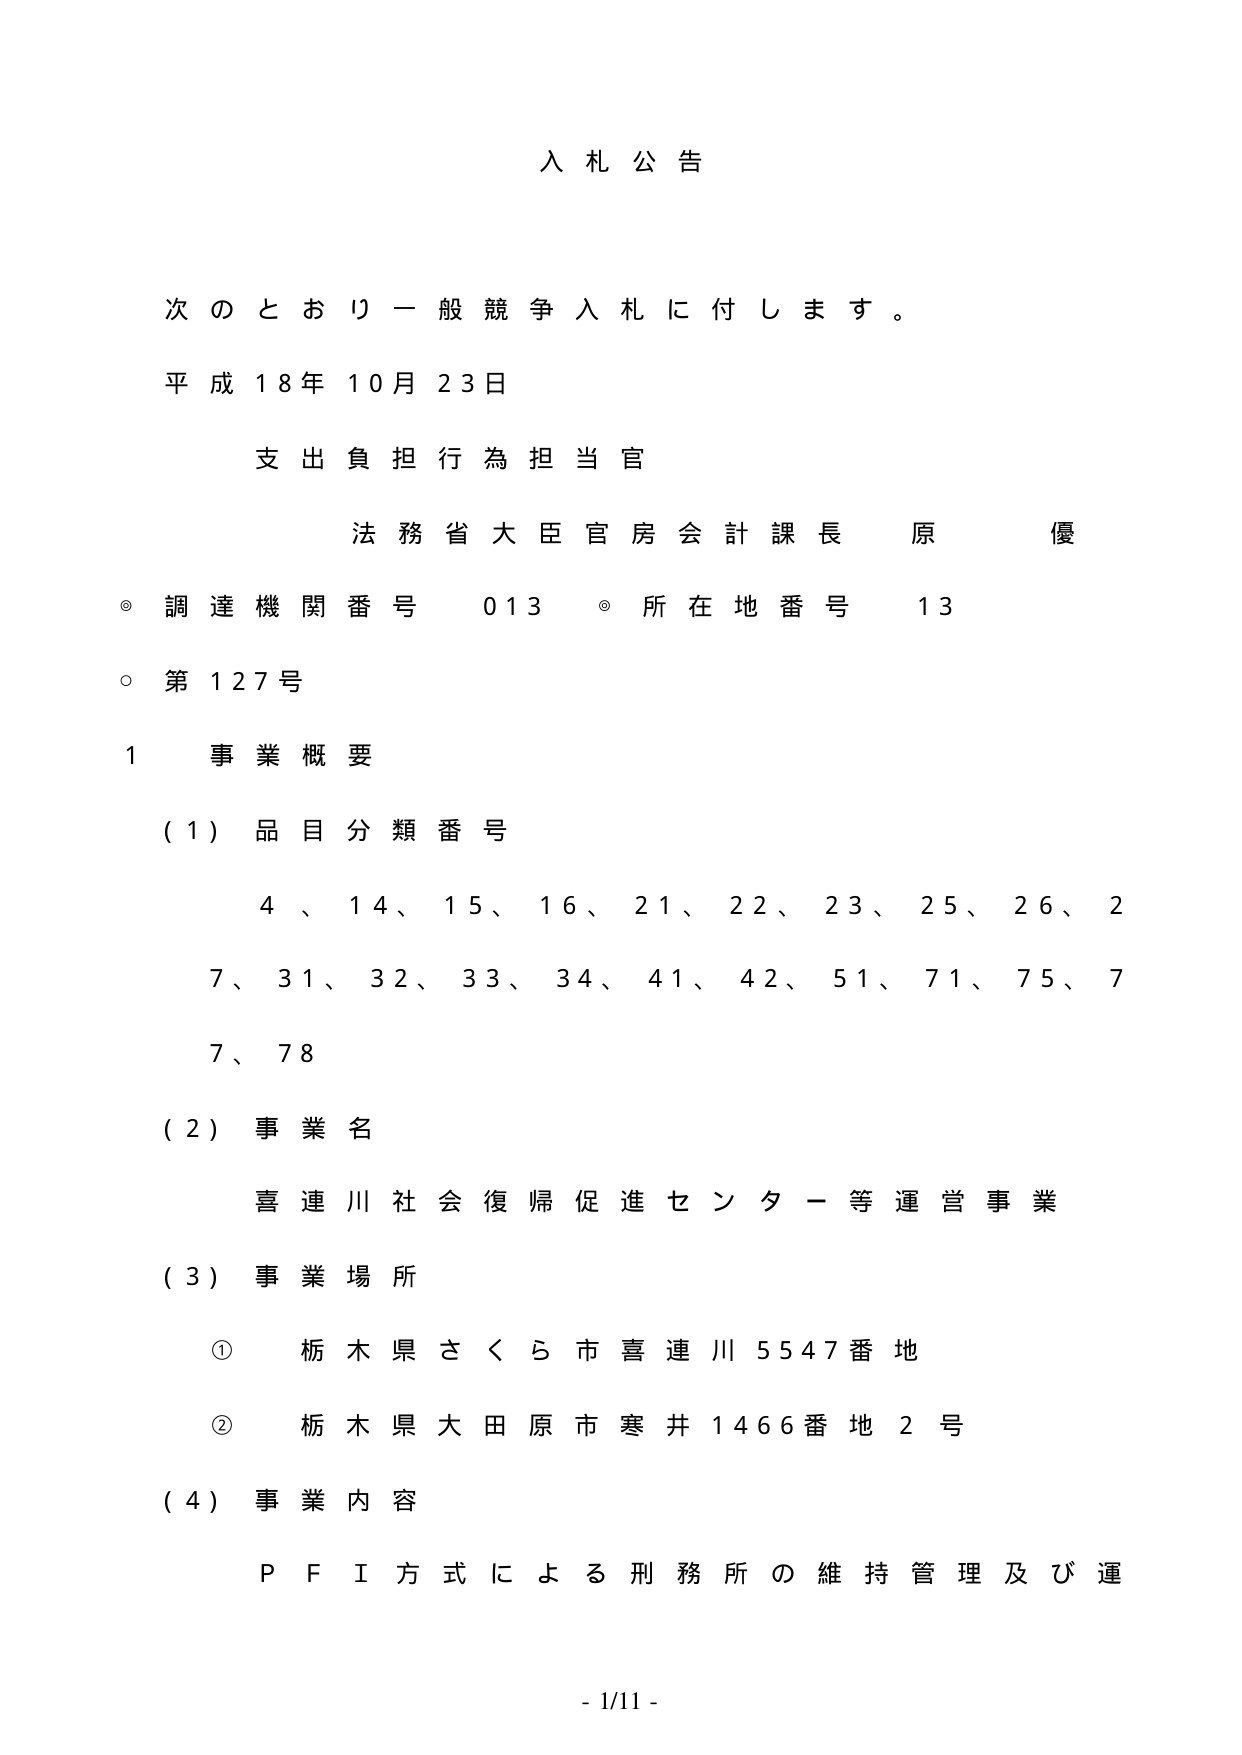
入札公告

次のとおり一般競争入札に付します。

平成18年10月23日

支出負担行為担当官

法務省大臣官房会計課長 原 優

◎ 調達機関番号 013 ◎ 所在地番号 13

○ 第127号

1 事業概要

(1) 品目分類番号

4、14、15、16、21、22、23、25、26、27、31、32、33、34、41、42、51、71、75、77、78

(2) 事業名

喜連川社会復帰促進センター等運営事業

(3) 事業場所

① 栃木県さくら市喜連川5547番地

② 栃木県大田原市寒井1466番地2号

(4) 事業内容

PFI方式による刑務所の維持管理及び運

- 1/11 -